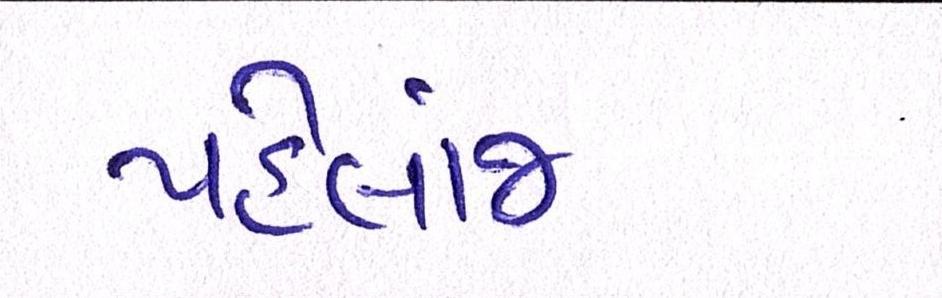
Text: પહેલાંજ